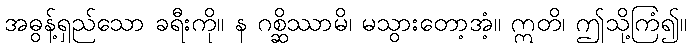
အဓွန့်ရှည်သော ခရီးကို။ န ဂစ္ဆိဿာမိ၊ မသွားတော့အံ့။ ဣတိ၊ ဤသို့ကြံ၍။